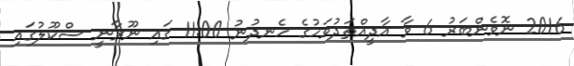
2016 ނޮވެންބަރު 6 ވާ އާދީއްތަދުވަހުގެ ހެނދުނު 11:00 ގައި ނޫރާނީ ސްކޫލުގައި